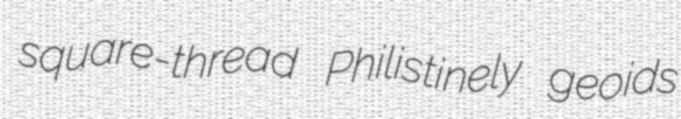
square-thread Philistinely geoids